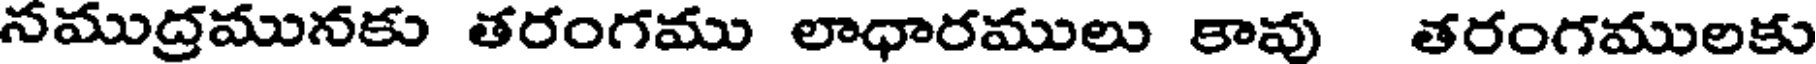
నముద్రమునకు తరంగము లాధారములు కావు తరంగములకు